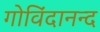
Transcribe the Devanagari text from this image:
गोविंदानन्द